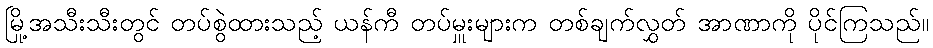
မြို့အသီးသီးတွင် တပ်စွဲထားသည့် ယန်ကီ တပ်မှူးများက တစ်ချက်လွှတ် အာဏာကို ပိုင်ကြသည်။